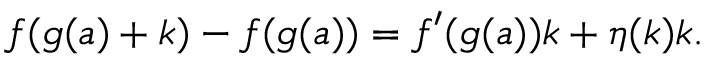
f ( g ( a ) + k ) - f ( g ( a ) ) = f ^ { \prime } ( g ( a ) ) k + \eta ( k ) k .